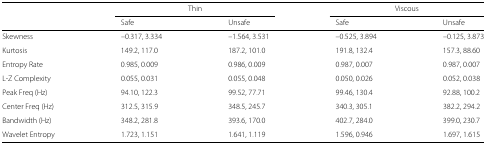
<table><thead><tr><td></td><td colspan="2"><b>Thin</b></td><td colspan="2"><b>Viscous</b></td></tr><tr><td></td><td><b>Safe</b></td><td><b>Unsafe</b></td><td><b>Safe</b></td><td><b>Unsafe</b></td></tr></thead><tbody><tr><td>Skewness</td><td>–0.317, 3.334</td><td>–1.564, 3.531</td><td>–0.525, 3.894</td><td>–0.125, 3.873</td></tr><tr><td>Kurtosis</td><td>149.2, 117.0</td><td>187.2, 101.0</td><td>191.8, 132.4</td><td>157.3, 88.60</td></tr><tr><td>Entropy Rate</td><td>0.985, 0.009</td><td>0.986, 0.009</td><td>0.987, 0.007</td><td>0.987, 0.007</td></tr><tr><td>L-Z Complexity</td><td>0.055, 0.031</td><td>0.055, 0.048</td><td>0.050, 0.026</td><td>0.052, 0.038</td></tr><tr><td>Peak Freq (Hz)</td><td>94.10, 122.3</td><td>99.52, 77.71</td><td>99.46, 130.4</td><td>92.88, 100.2</td></tr><tr><td>Center Freq (Hz)</td><td>312.5, 315.9</td><td>348.5, 245.7</td><td>340.3, 305.1</td><td>382.2, 294.2</td></tr><tr><td>Bandwidth (Hz)</td><td>348.2, 281.8</td><td>393.6, 170.0</td><td>402.7, 284.0</td><td>399.0, 230.7</td></tr><tr><td>Wavelet Entropy</td><td>1.723, 1.151</td><td>1.641, 1.119</td><td>1.596, 0.946</td><td>1.697, 1.615</td></tr></tbody></table>